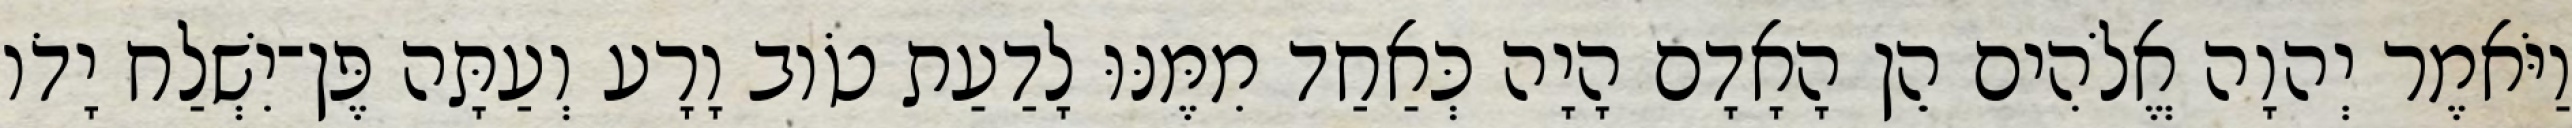
וַיֹּאמֶר יְהוָה אֱלֹהִים הֵן הָאָדָם הָיָה כְּאַחַד מִמֶּנּוּ לָדַעַת טֹוב וָרָע וְעַתָּה פֶּן־יִשְׁלַח יָדֹו